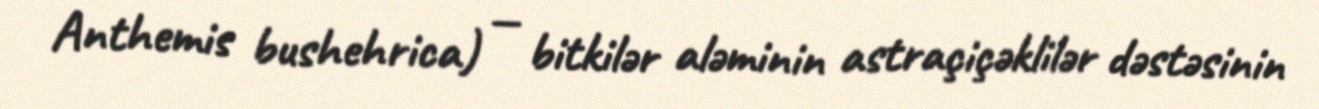
Anthemis bushehrica) — bitkilər aləminin astraçiçəklilər dəstəsinin